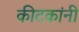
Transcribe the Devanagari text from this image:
कीटकांनी